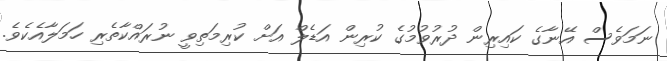
ނަމަވެސް އޭނާގެ ކައިރިން ދުރުވުމުގެ ކުރިން އަޑެލް އަށް ކުރިމަތިވީ ނުރައްކާތެރި ހަމަލާއެކެވެ.